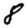
Digit: 8